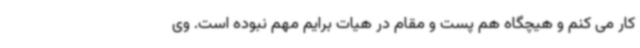
کار می کنم و هیچگاه هم پست و مقام در هیات برایم مهم نبوده است. وی